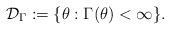
LaTeX: \begin{align*}\mathcal{D}_{\Gamma}:=\{\theta:\Gamma(\theta)<\infty\}.\end{align*}